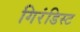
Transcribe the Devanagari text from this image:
गिरंडिस्ट